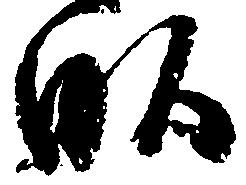
畝